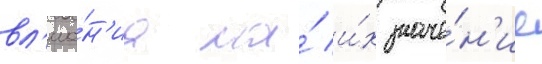
вл'иа́н'иа на́ и́х значе́н'ие